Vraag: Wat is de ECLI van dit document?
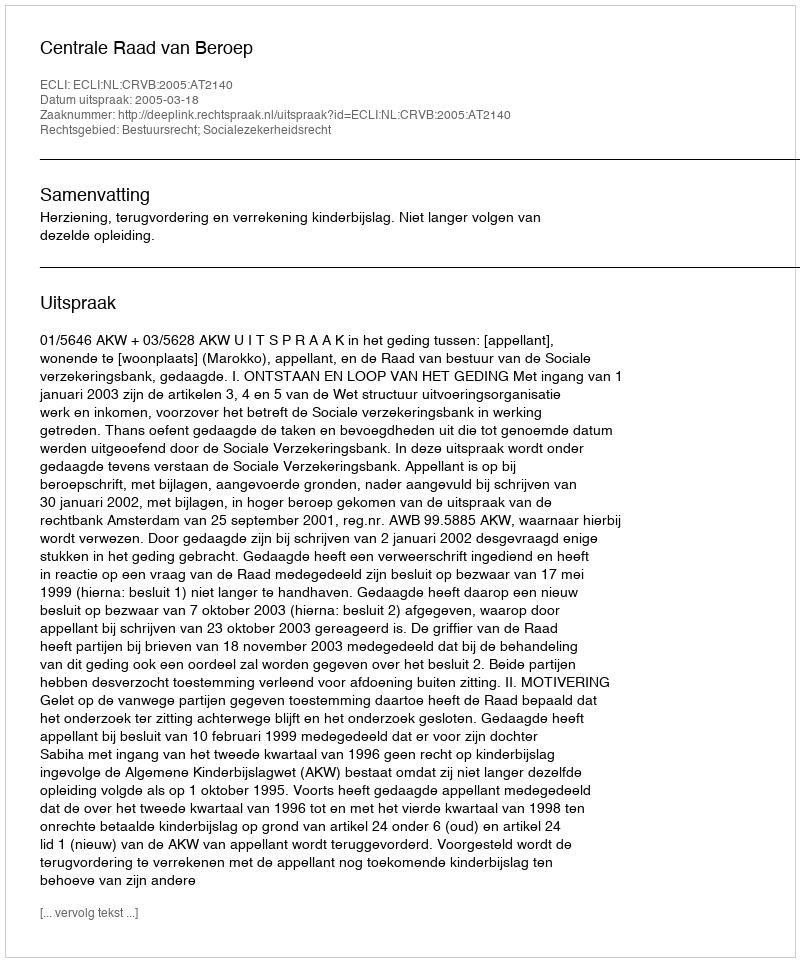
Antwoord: ECLI:NL:CRVB:2005:AT2140